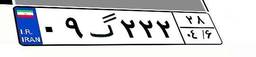
۰۹گ۲۲۲۲۸